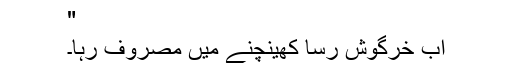
"
اب خرگوش رسّا کھینچنے میں مصروف رہا۔